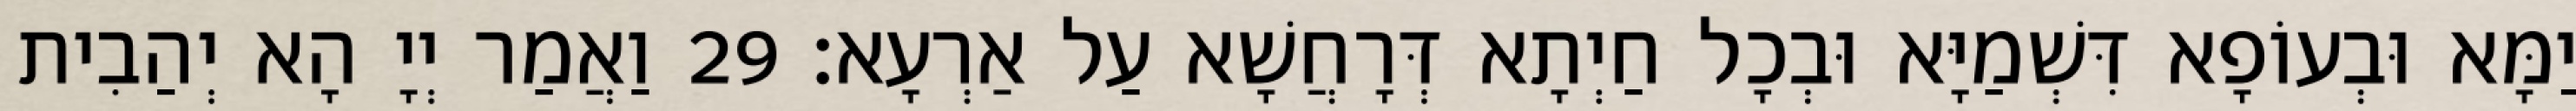
יַמָּא וּבְעוֹפָא דִּשְׁמַיָּא וּבְכָל חַיְתָא דְּרָחֲשָׁא עַל אַרְעָא׃ 29 וַאֲמַר יְיָ הָא יְהַבִית